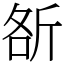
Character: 㪾